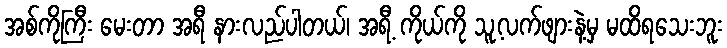
အစ်ကိုကြီး မေးတာ အရီ နားလည်ပါတယ်၊ အရီ့ ကိုယ်ကို သူ့လက်ဖျားနဲ့မှ မထိရသေးဘူး